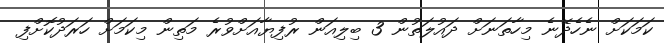
ކަމަކަށް ނެހެދޭނެ މިހާތަނަށް ދައުލަތުން 3 ބިލިއަން ރުފިޔާއަށްވުރެ މަތިން މިކަމަށް ހަރަދުކޮށްފި